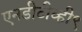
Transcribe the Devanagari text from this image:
एनडीटीव्ही९